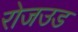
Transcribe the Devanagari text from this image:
रोजउड